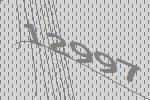
12997